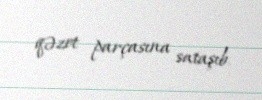
qəzet parçasına sataşıb.